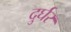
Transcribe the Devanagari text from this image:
दुर्घर